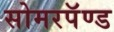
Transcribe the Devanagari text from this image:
सोमरपॅण्ड